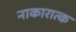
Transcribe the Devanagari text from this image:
नाकारात्क